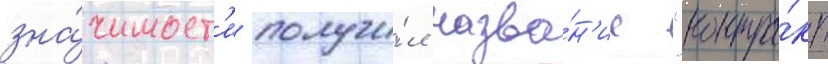
зна́чимост'и получи́л назва́н'ие "контра́кт